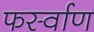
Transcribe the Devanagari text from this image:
फर्स्वाण